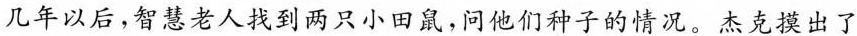
几年以后，智慧老人找到两只小田鼠，问他们种子的情况。杰克摸出了